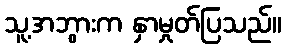
သူ့အဘွားက နှာမှုတ်ပြသည်။